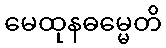
မေထုနဓမ္မေတိ